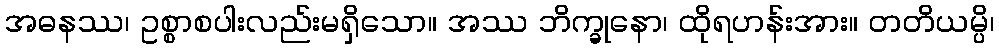
အဓနဿ၊ ဥစ္စာစပါးလည်းမရှိသော။ အဿ ဘိက္ခုနော၊ ထိုရဟန်းအား။ တတိယမ္ပိ၊